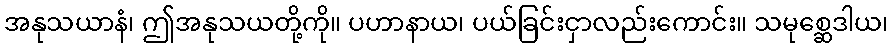
အနုသယာနံ၊ ဤအနုသယတို့ကို။ ပဟာနာယ၊ ပယ်ခြင်းငှာလည်းကောင်း။ သမုစ္ဆေဒါယ၊